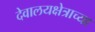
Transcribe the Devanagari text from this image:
देवालयक्षेत्राच्या